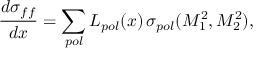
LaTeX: \frac { d \sigma _ { f f } } { d x } = \sum _ { p o l } { \cal L } _ { p o l } ( x ) \, \sigma _ { p o l } ( M _ { 1 } ^ { 2 } , M _ { 2 } ^ { 2 } ) ,